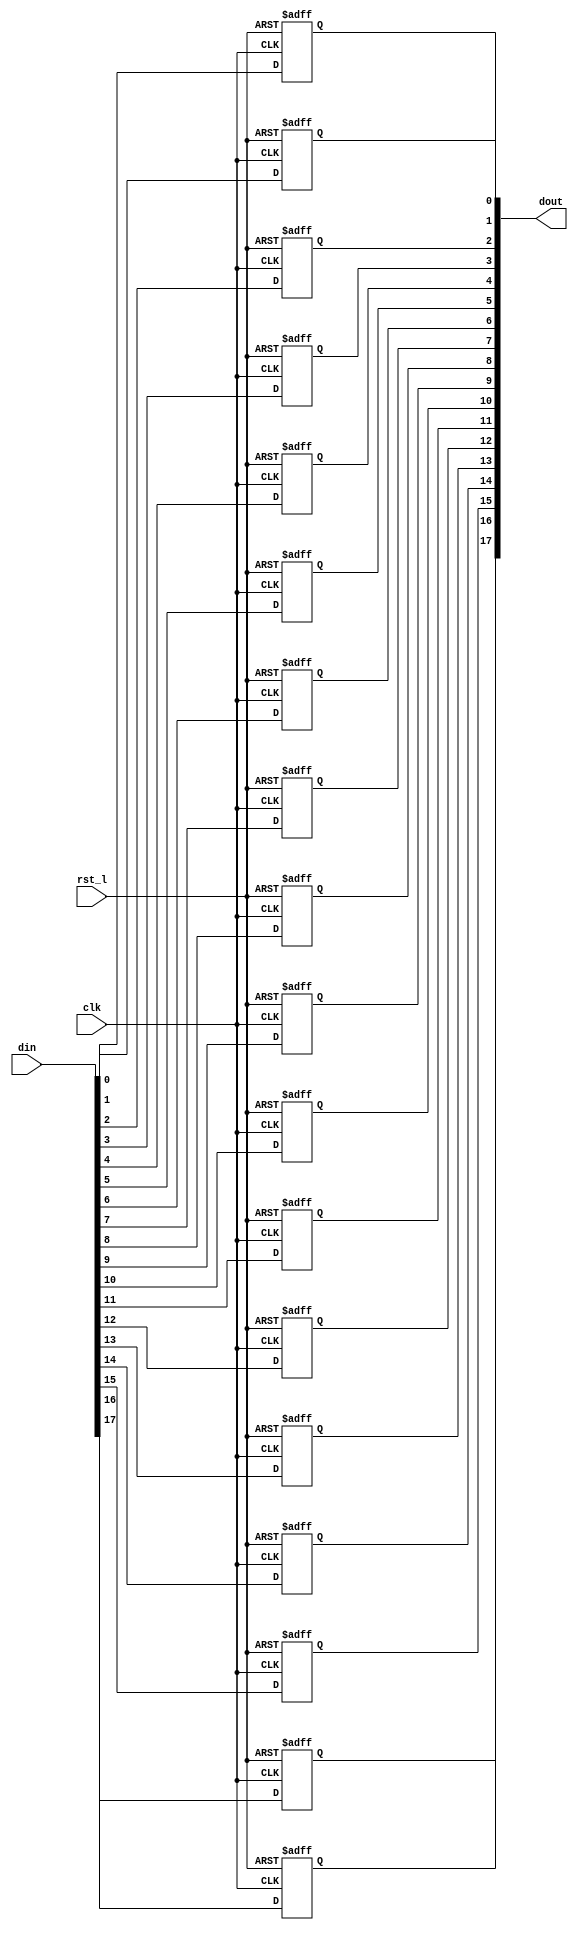
// This program was cloned from: https://github.com/NYU-MLDA/OpenABC
// License: BSD 3-Clause "New" or "Revised" License

module rvdff_WIDTH18
(
  din,
  clk,
  rst_l,
  dout
);

  input [17:0] din;
  output [17:0] dout;
  input clk;
  input rst_l;
  wire N0;
  reg [17:0] dout;

  always @(posedge clk or posedge N0) begin
    if(N0) begin
      dout[17] <= 1'b0;
    end else if(1'b1) begin
      dout[17] <= din[17];
    end
  end


  always @(posedge clk or posedge N0) begin
    if(N0) begin
      dout[16] <= 1'b0;
    end else if(1'b1) begin
      dout[16] <= din[16];
    end
  end


  always @(posedge clk or posedge N0) begin
    if(N0) begin
      dout[15] <= 1'b0;
    end else if(1'b1) begin
      dout[15] <= din[15];
    end
  end


  always @(posedge clk or posedge N0) begin
    if(N0) begin
      dout[14] <= 1'b0;
    end else if(1'b1) begin
      dout[14] <= din[14];
    end
  end


  always @(posedge clk or posedge N0) begin
    if(N0) begin
      dout[13] <= 1'b0;
    end else if(1'b1) begin
      dout[13] <= din[13];
    end
  end


  always @(posedge clk or posedge N0) begin
    if(N0) begin
      dout[12] <= 1'b0;
    end else if(1'b1) begin
      dout[12] <= din[12];
    end
  end


  always @(posedge clk or posedge N0) begin
    if(N0) begin
      dout[11] <= 1'b0;
    end else if(1'b1) begin
      dout[11] <= din[11];
    end
  end


  always @(posedge clk or posedge N0) begin
    if(N0) begin
      dout[10] <= 1'b0;
    end else if(1'b1) begin
      dout[10] <= din[10];
    end
  end


  always @(posedge clk or posedge N0) begin
    if(N0) begin
      dout[9] <= 1'b0;
    end else if(1'b1) begin
      dout[9] <= din[9];
    end
  end


  always @(posedge clk or posedge N0) begin
    if(N0) begin
      dout[8] <= 1'b0;
    end else if(1'b1) begin
      dout[8] <= din[8];
    end
  end


  always @(posedge clk or posedge N0) begin
    if(N0) begin
      dout[7] <= 1'b0;
    end else if(1'b1) begin
      dout[7] <= din[7];
    end
  end


  always @(posedge clk or posedge N0) begin
    if(N0) begin
      dout[6] <= 1'b0;
    end else if(1'b1) begin
      dout[6] <= din[6];
    end
  end


  always @(posedge clk or posedge N0) begin
    if(N0) begin
      dout[5] <= 1'b0;
    end else if(1'b1) begin
      dout[5] <= din[5];
    end
  end


  always @(posedge clk or posedge N0) begin
    if(N0) begin
      dout[4] <= 1'b0;
    end else if(1'b1) begin
      dout[4] <= din[4];
    end
  end


  always @(posedge clk or posedge N0) begin
    if(N0) begin
      dout[3] <= 1'b0;
    end else if(1'b1) begin
      dout[3] <= din[3];
    end
  end


  always @(posedge clk or posedge N0) begin
    if(N0) begin
      dout[2] <= 1'b0;
    end else if(1'b1) begin
      dout[2] <= din[2];
    end
  end


  always @(posedge clk or posedge N0) begin
    if(N0) begin
      dout[1] <= 1'b0;
    end else if(1'b1) begin
      dout[1] <= din[1];
    end
  end


  always @(posedge clk or posedge N0) begin
    if(N0) begin
      dout[0] <= 1'b0;
    end else if(1'b1) begin
      dout[0] <= din[0];
    end
  end

  assign N0 = ~rst_l;

endmodule